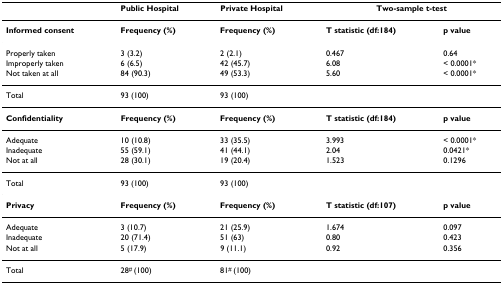
<table><thead><tr><td></td><td><b>Public Hospital</b></td><td><b>Private Hospital</b></td><td colspan="2"><b>Two-sample t-test</b></td></tr></thead><tbody><tr><td><b>Informed consent</b></td><td><b>Frequency (%)</b></td><td><b>Frequency (%)</b></td><td><b>T statistic (df:184)</b></td><td><b>p value</b></td></tr><tr><td>Properly taken</td><td>3 (3.2)</td><td>2 (2.1)</td><td>0.467</td><td>0.64</td></tr><tr><td>Improperly taken</td><td>6 (6.5)</td><td>42 (45.7)</td><td>6.08</td><td>&lt; 0.0001*</td></tr><tr><td>Not taken at all</td><td>84 (90.3)</td><td>49 (53.3)</td><td>5.60</td><td>&lt; 0.0001*</td></tr><tr><td>Total</td><td>93 (100)</td><td>93 (100)</td><td></td><td></td></tr><tr><td><b>Confidentiality</b></td><td><b>Frequency (%)</b></td><td><b>Frequency (%)</b></td><td><b>T statistic (df:184)</b></td><td><b>p value</b></td></tr><tr><td>Adequate</td><td>10 (10.8)</td><td>33 (35.5)</td><td>3.993</td><td>&lt; 0.0001*</td></tr><tr><td>Inadequate</td><td>55 (59.1)</td><td>41 (44.1)</td><td>2.04</td><td>0.0421*</td></tr><tr><td>Not at all</td><td>28 (30.1)</td><td>19 (20.4)</td><td>1.523</td><td>0.1296</td></tr><tr><td>Total</td><td>93 (100)</td><td>93 (100)</td><td></td><td></td></tr><tr><td><b>Privacy</b></td><td><b>Frequency (%)</b></td><td><b>Frequency (%)</b></td><td><b>T statistic (df:107)</b></td><td><b>p value</b></td></tr><tr><td>Adequate</td><td>3 (10.7)</td><td>21 (25.9)</td><td>1.674</td><td>0.097</td></tr><tr><td>Inadequate</td><td>20 (71.4)</td><td>51 (63)</td><td>0.80</td><td>0.423</td></tr><tr><td>Not at all</td><td>5 (17.9)</td><td>9 (11.1)</td><td>0.92</td><td>0.356</td></tr><tr><td>Total</td><td>28<sup># </sup>(100)</td><td>81<sup># </sup>(100)</td><td></td><td></td></tr></tbody></table>